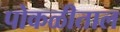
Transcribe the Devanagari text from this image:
पोकळीताल